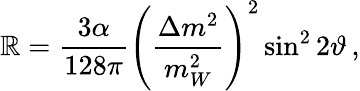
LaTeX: \mathbb{R}=\frac{{3\alpha}}{{128\pi}}\left(\frac{{\Delta{m}^{2}}}{{m_{W}^{2}}}\right)^{2}\sin^{2}2\vartheta\, ,